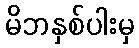
မိဘနှစ်ပါးမှ